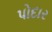
પોદાર